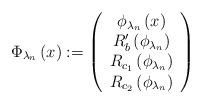
LaTeX: \begin{align*}\Phi _{\lambda _{n}}\left( x\right) :=\left( \begin{array}{c}\phi _{\lambda _{n}}\left( x\right) \\ R_{b}^{\prime }\left( \phi _{\lambda _{n}}\right) \\ R_{c_{1}}\left( \phi _{\lambda _{n}}\right) \\ R_{c_{2}}\left( \phi _{\lambda _{n}}\right)\end{array}\right) \end{align*}